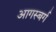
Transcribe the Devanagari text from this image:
आगस्बर्ग